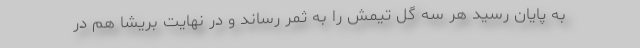
به پایان رسید هر سه گل تیمش را به ثمر رساند و در نهایت بریشا هم در